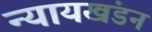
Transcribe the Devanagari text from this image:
न्यायखंडन